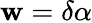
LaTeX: \mathbf{w}=\delta\alpha